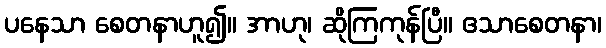
ပနေသာ စေတနာဟူ၍။ အာဟု၊ ဆိုကြကုန်ပြီ။ ဧသာစေတနာ၊